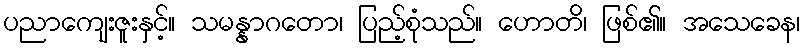
ပညာကျေးဇူးနှင့်။ သမန္နာဂတော၊ ပြည့်စုံသည်။ ဟောတိ၊ ဖြစ်၏။ အသေခေန၊